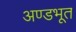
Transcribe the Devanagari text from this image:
अण्डभूत